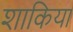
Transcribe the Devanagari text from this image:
शाकिया